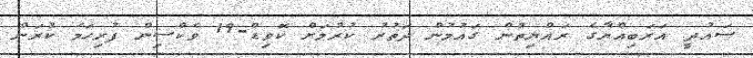
ސައުދީ އަރަބިއްޔާގެ ރައްޔިތުން ގައުމުން ދަތުރު ކުރުމަށް ކޮވިޑް-19 ވެކްސިން ފުރިހަމަ ކުރަން